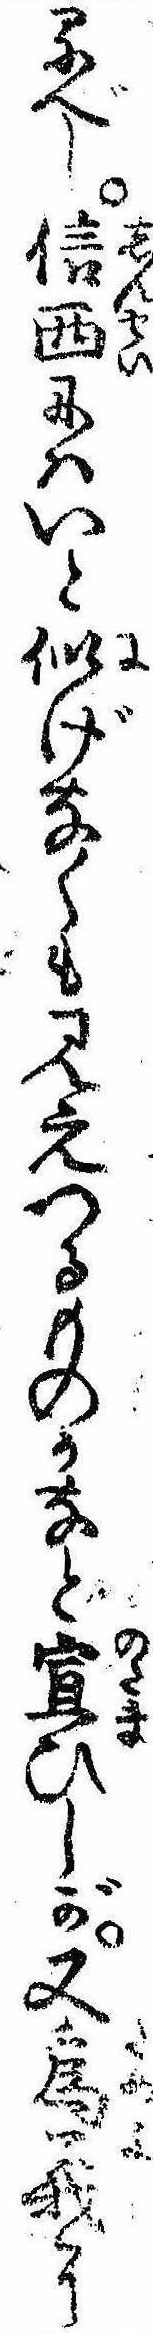
るべし信西にはいと似げなくも見えつるものかなと宣ひしが又為義に